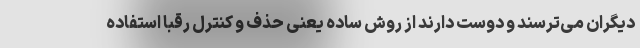
دیگران می‌ترسند و دوست دارند از روش ساده یعنی حذف و کنترل رقبا استفاده